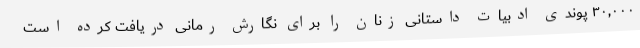
۳۰,۰۰۰ پوندی ادبیات داستانی زنان را برای نگارش رمانی دریافت کرده است